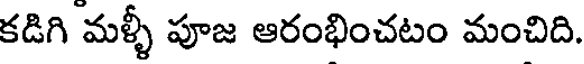
కడిగి మళ్ళీ పూజ ఆరంభించటం మంచిది.